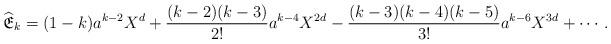
LaTeX: \begin{align*} \mathfrak{\widehat E}_k=(1-k)a^{k-2}X^d+\frac{(k-2)(k-3)}{2!}a^{k-4}X^{2d}-\frac{(k-3)(k-4)(k-5)}{3!}a^{k-6}X^{3d}+ \cdots. \end{align*}